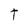
Character: t